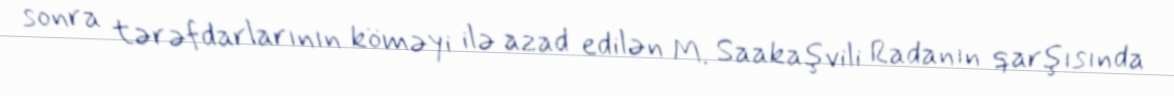
sonra tərəfdarlarının köməyi ilə azad edilən M. Saakaşvili Radanın qarşısında